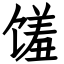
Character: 馐